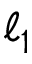
\ell _ { 1 }